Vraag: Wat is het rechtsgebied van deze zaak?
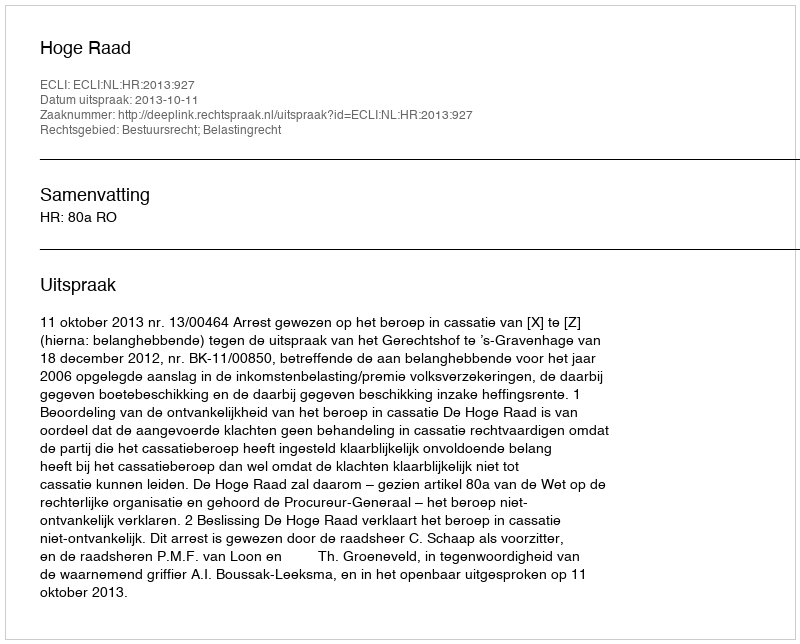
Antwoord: Bestuursrecht; Belastingrecht